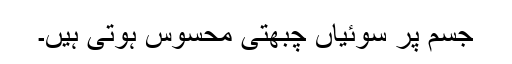
جسم پر سوئیاں چبھتی محسوس ہوتی ہیں۔